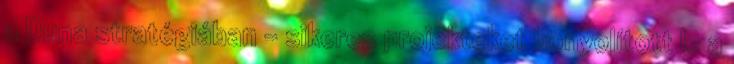
a Duna stratégiában – sikeres projekteket bonyolított le a